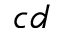
c d